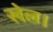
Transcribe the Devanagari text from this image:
खेल़।